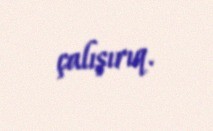
çalışırıq.